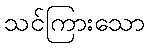
သင်ကြားသော